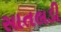
સાતલડી